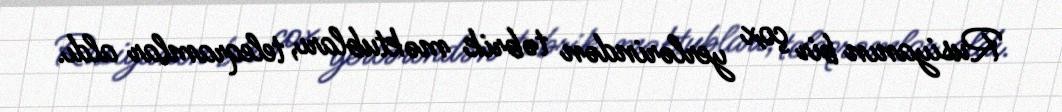
Rusiyanın bir çox yerlərindən təbrik məktubları, teleqramlar aldı.